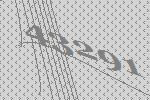
43291